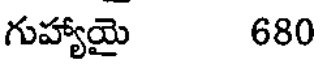
గుహ్యాయై 680